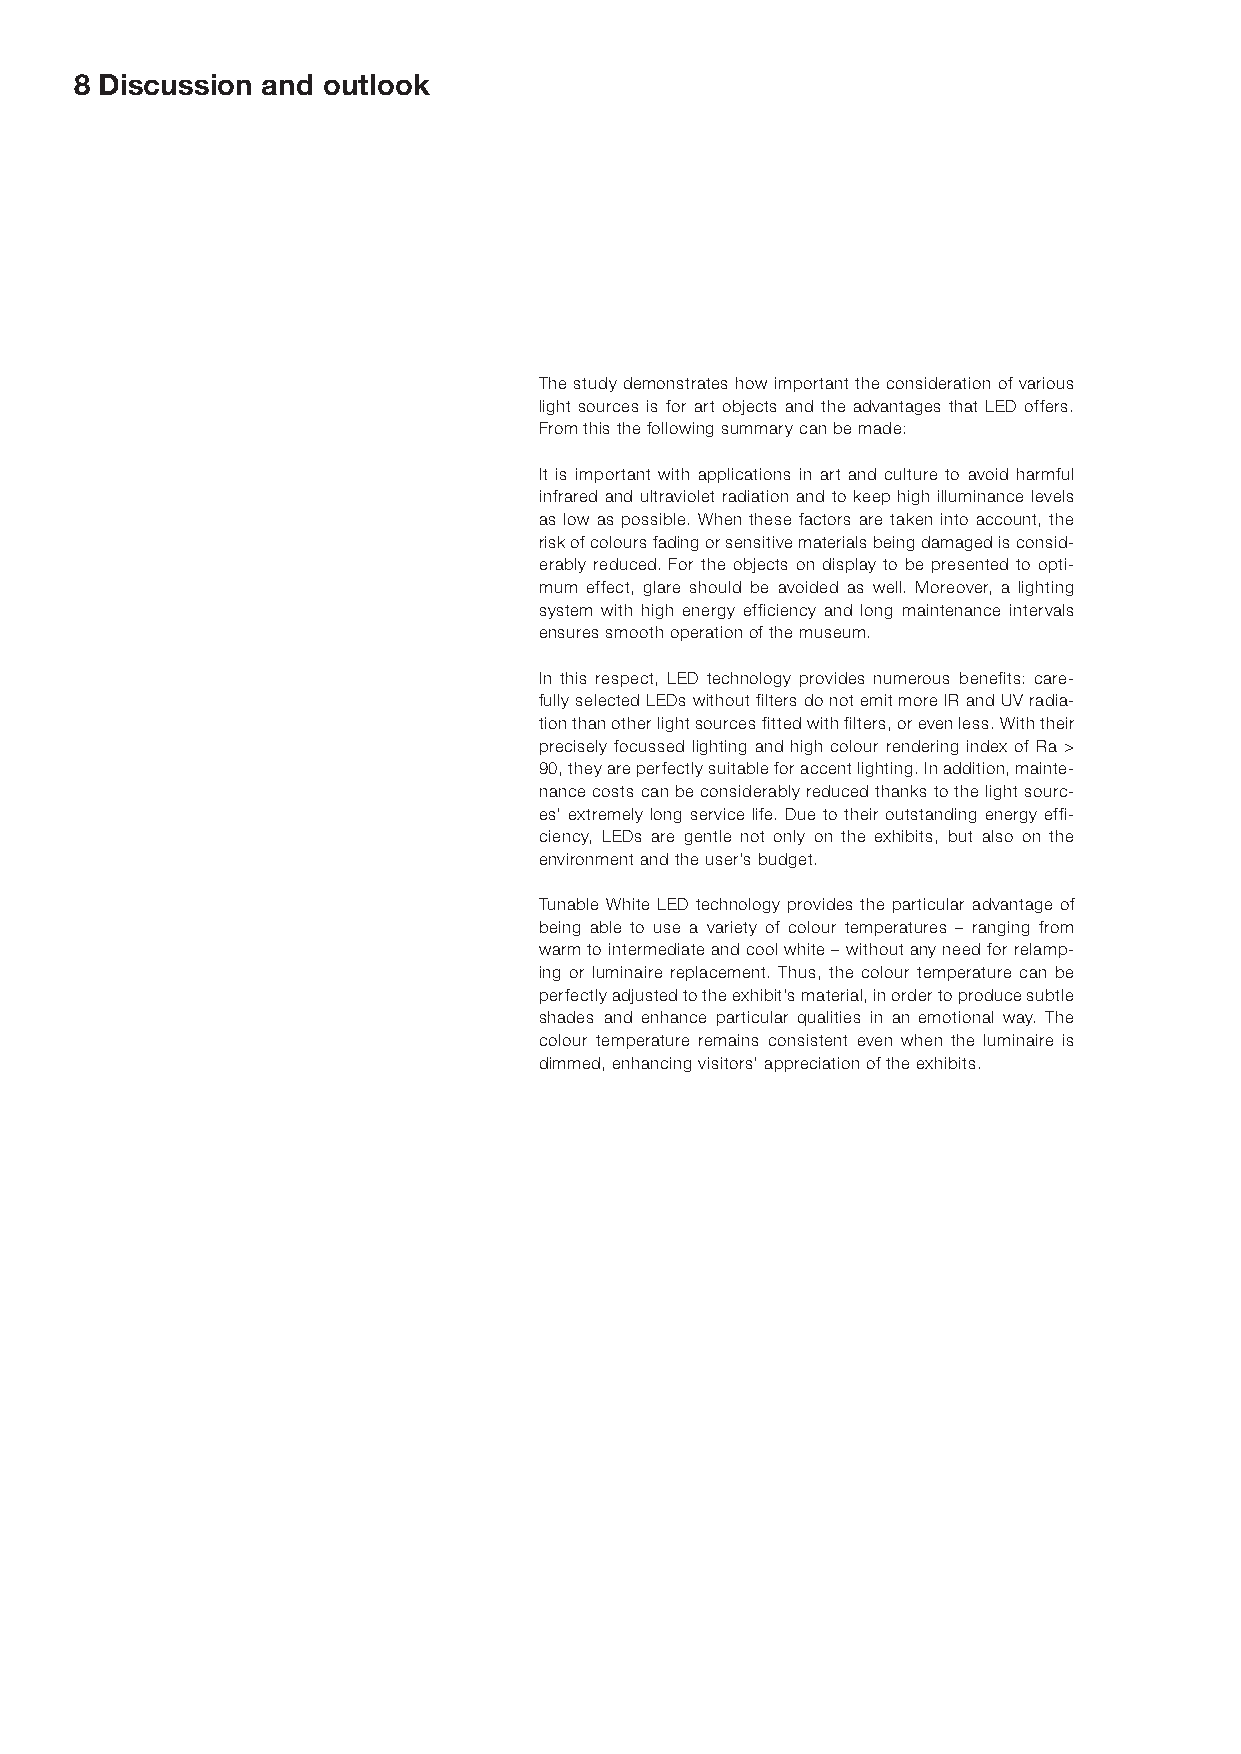
8 Discussion and outlook
 The study demonstrates how important the consideration of various
 light sources is for art objects and the advantages that LED offers.
 From this the following summary can be made:
 It is important with applications in art and culture to avoid harmful
 infrared and ultraviolet radiation and to keep high illuminance levels
 as low as possible. When these factors are taken into account, the
 risk of colours fading or sensitive materials being damaged is consid-
 erably reduced. For the objects on display to be presented to opti-
 mum effect, glare should be avoided as well. Moreover, a lighting
 system with high energy efficiency and long maintenance intervals
 ensures smooth operation of the museum.
 In this respect, LED technology provides numerous benefits: care-
 fully selected LEDs without filters do not emit more IR and UV radia-
 tion than other light sources fitted with filters, or even less. With their
 precisely focussed lighting and high colour rendering index of Ra >
 90, they are perfectly suitable for accent lighting. In addition, mainte-
 nance costs can be considerably reduced thanks to the light sourc-
 es’ extremely long service life. Due to their outstanding energy effi-
 ciency, LEDs are gentle not only on the exhibits, but also on the
 environment and the user’s budget.
 Tunable White LED technology provides the particular advantage of
 being able to use a variety of colour temperatures – ranging from
 warm to intermediate and cool white – without any need for relamp-
 ing or luminaire replacement. Thus, the colour temperature can be
 perfectly adjusted to the exhibit’s material, in order to produce subtle
 shades and enhance particular qualities in an emotional way. The
 colour temperature remains consistent even when the luminaire is
 dimmed, enhancing visitors’ appreciation of the exhibits.